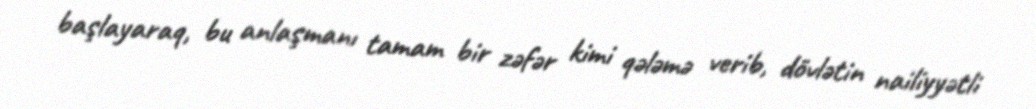
başlayaraq, bu anlaşmanı tamam bir zəfər kimi qələmə verib, dövlətin nailiyyətli